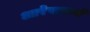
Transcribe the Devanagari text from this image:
आरेखनाचे